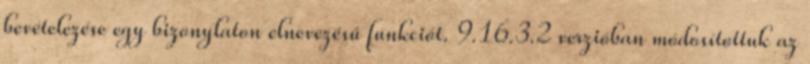
bevételezése egy bizonylaton elnevezésű funkciót. 9.16.3.2 verzióban módosítottuk az